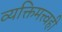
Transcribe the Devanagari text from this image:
व्यक्तिमत्त्वही